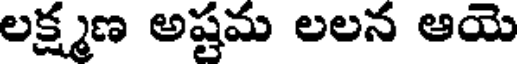
లక్ష్మణ అష్టమ లలన ఆయె